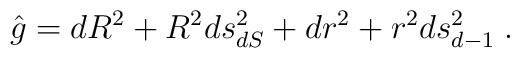
\hat{g}=dR^2+R^2ds^2_{dS}+dr^2+r^2 ds^2_{d-1}\; .